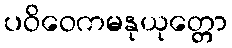
ပဝိဝေကမနုယုတ္တော